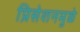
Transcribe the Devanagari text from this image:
प्रिसेशनमुळे